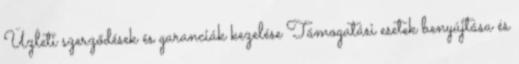
Üzleti szerződések és garanciák kezelése Támogatási esetek benyújtása és